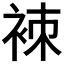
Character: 𧙞